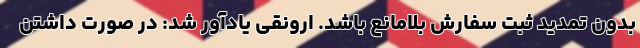
بدون تمدید ثبت سفارش بلامانع باشد. ارونقی یادآور شد: در صورت داشتن